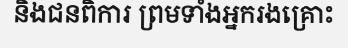
និងជនពិការ ព្រមទាំងអ្នករងគ្រោះ